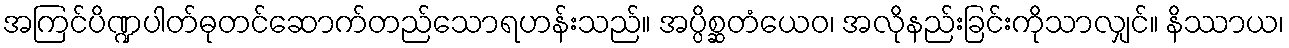
အကြင်ပိဏ္ဍပါတ်ဓုတင်ဆောက်တည်သောရဟန်းသည်။ အပ္ပိစ္ဆတံယေဝ၊ အလိုနည်းခြင်းကိုသာလျှင်။ နိဿာယ၊